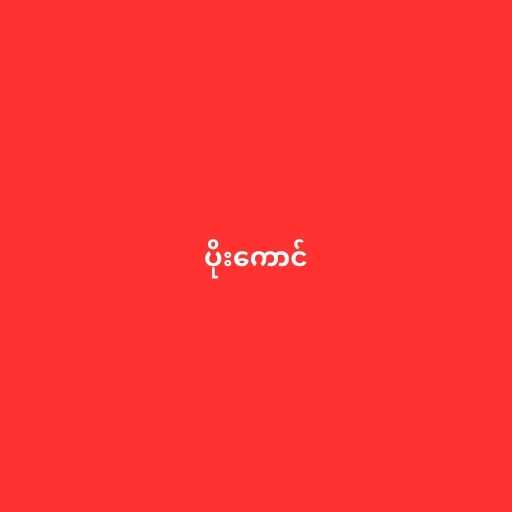
ပိုးကောင်